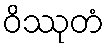
ဝိဿုတံ